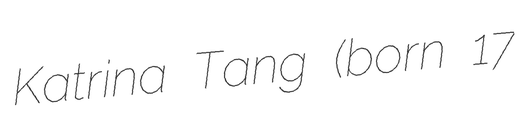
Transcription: Katrina Tang (born 17